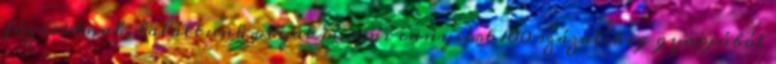
fázósoknak, találtunk olyat is, ami ennyiért 100 százalékig gyapjúból